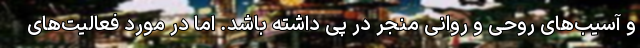
و آسیب‌های روحی و روانی منجر در پی داشته باشد. اما در مورد فعالیت‌های